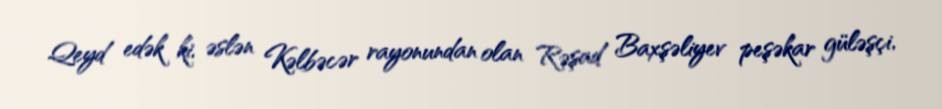
Qeyd edək ki, əslən Kəlbəcər rayonundan olan Rəşad Baxşəliyev peşəkar güləşçi,